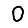
Digit: 0